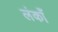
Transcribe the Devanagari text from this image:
लंकाँ